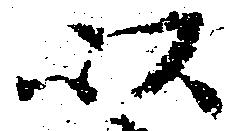
以